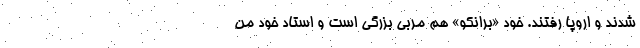
شدند و اروپا رفتند. خود «برانکو» هم مربی بزرگی است و استاد خود من